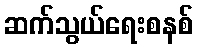
ဆက်သွယ်ရေးစနစ်